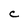
Character: C